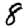
Digit: 8